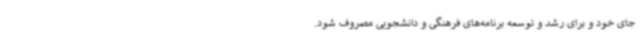
جای خود و برای رشد و توسعه برنامه‌های فرهنگی و دانشجویی مصروف شود.